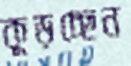
কুড়চ্ছেন